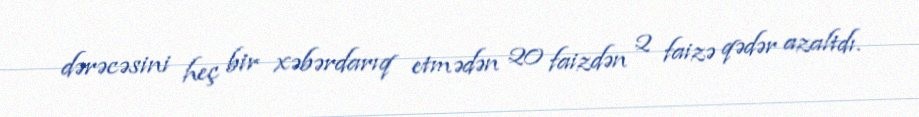
dərəcəsini heç bir xəbərdarıq etmədən 20 faizdən 2 faizə qədər azaltdı.